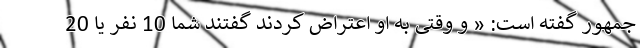
جمهور گفته است: « و وقتی به او اعتراض کردند گفتند شما 10 نفر یا 20